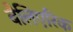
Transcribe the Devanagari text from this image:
बैलिएरिक